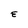
Character: E